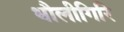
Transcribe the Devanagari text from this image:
धौलीगिरि